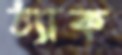
ঠ্যাক